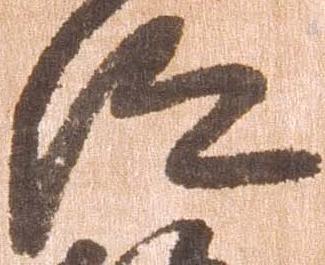
仰